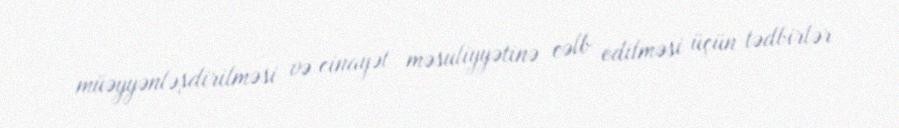
müəyyənləşdirilməsi və cinayət məsuliyyətinə cəlb edilməsi üçün tədbirlər